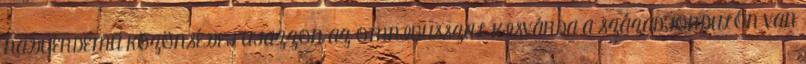
NAGYÉRDEMŰ KÖZÖNSÉGET UTAZZON AZ OMNIBUSSZAL KISVÁRDA A SZÁZADFORDULÓN VAN